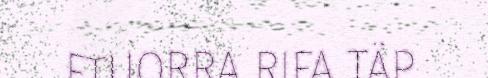
FTUORRA RIFA TÄP